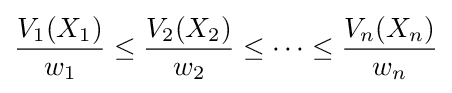
{V_{1}(X_{1}) \over w_{1}}\leq {V_{2}(X_{2}) \over w_{2}}\leq \dots \leq {V_{n}(X_{n}) \over w_{n}}